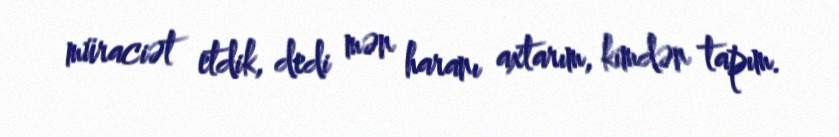
müraciət etdik, dedi mən haranı axtarım, kimdən tapım.